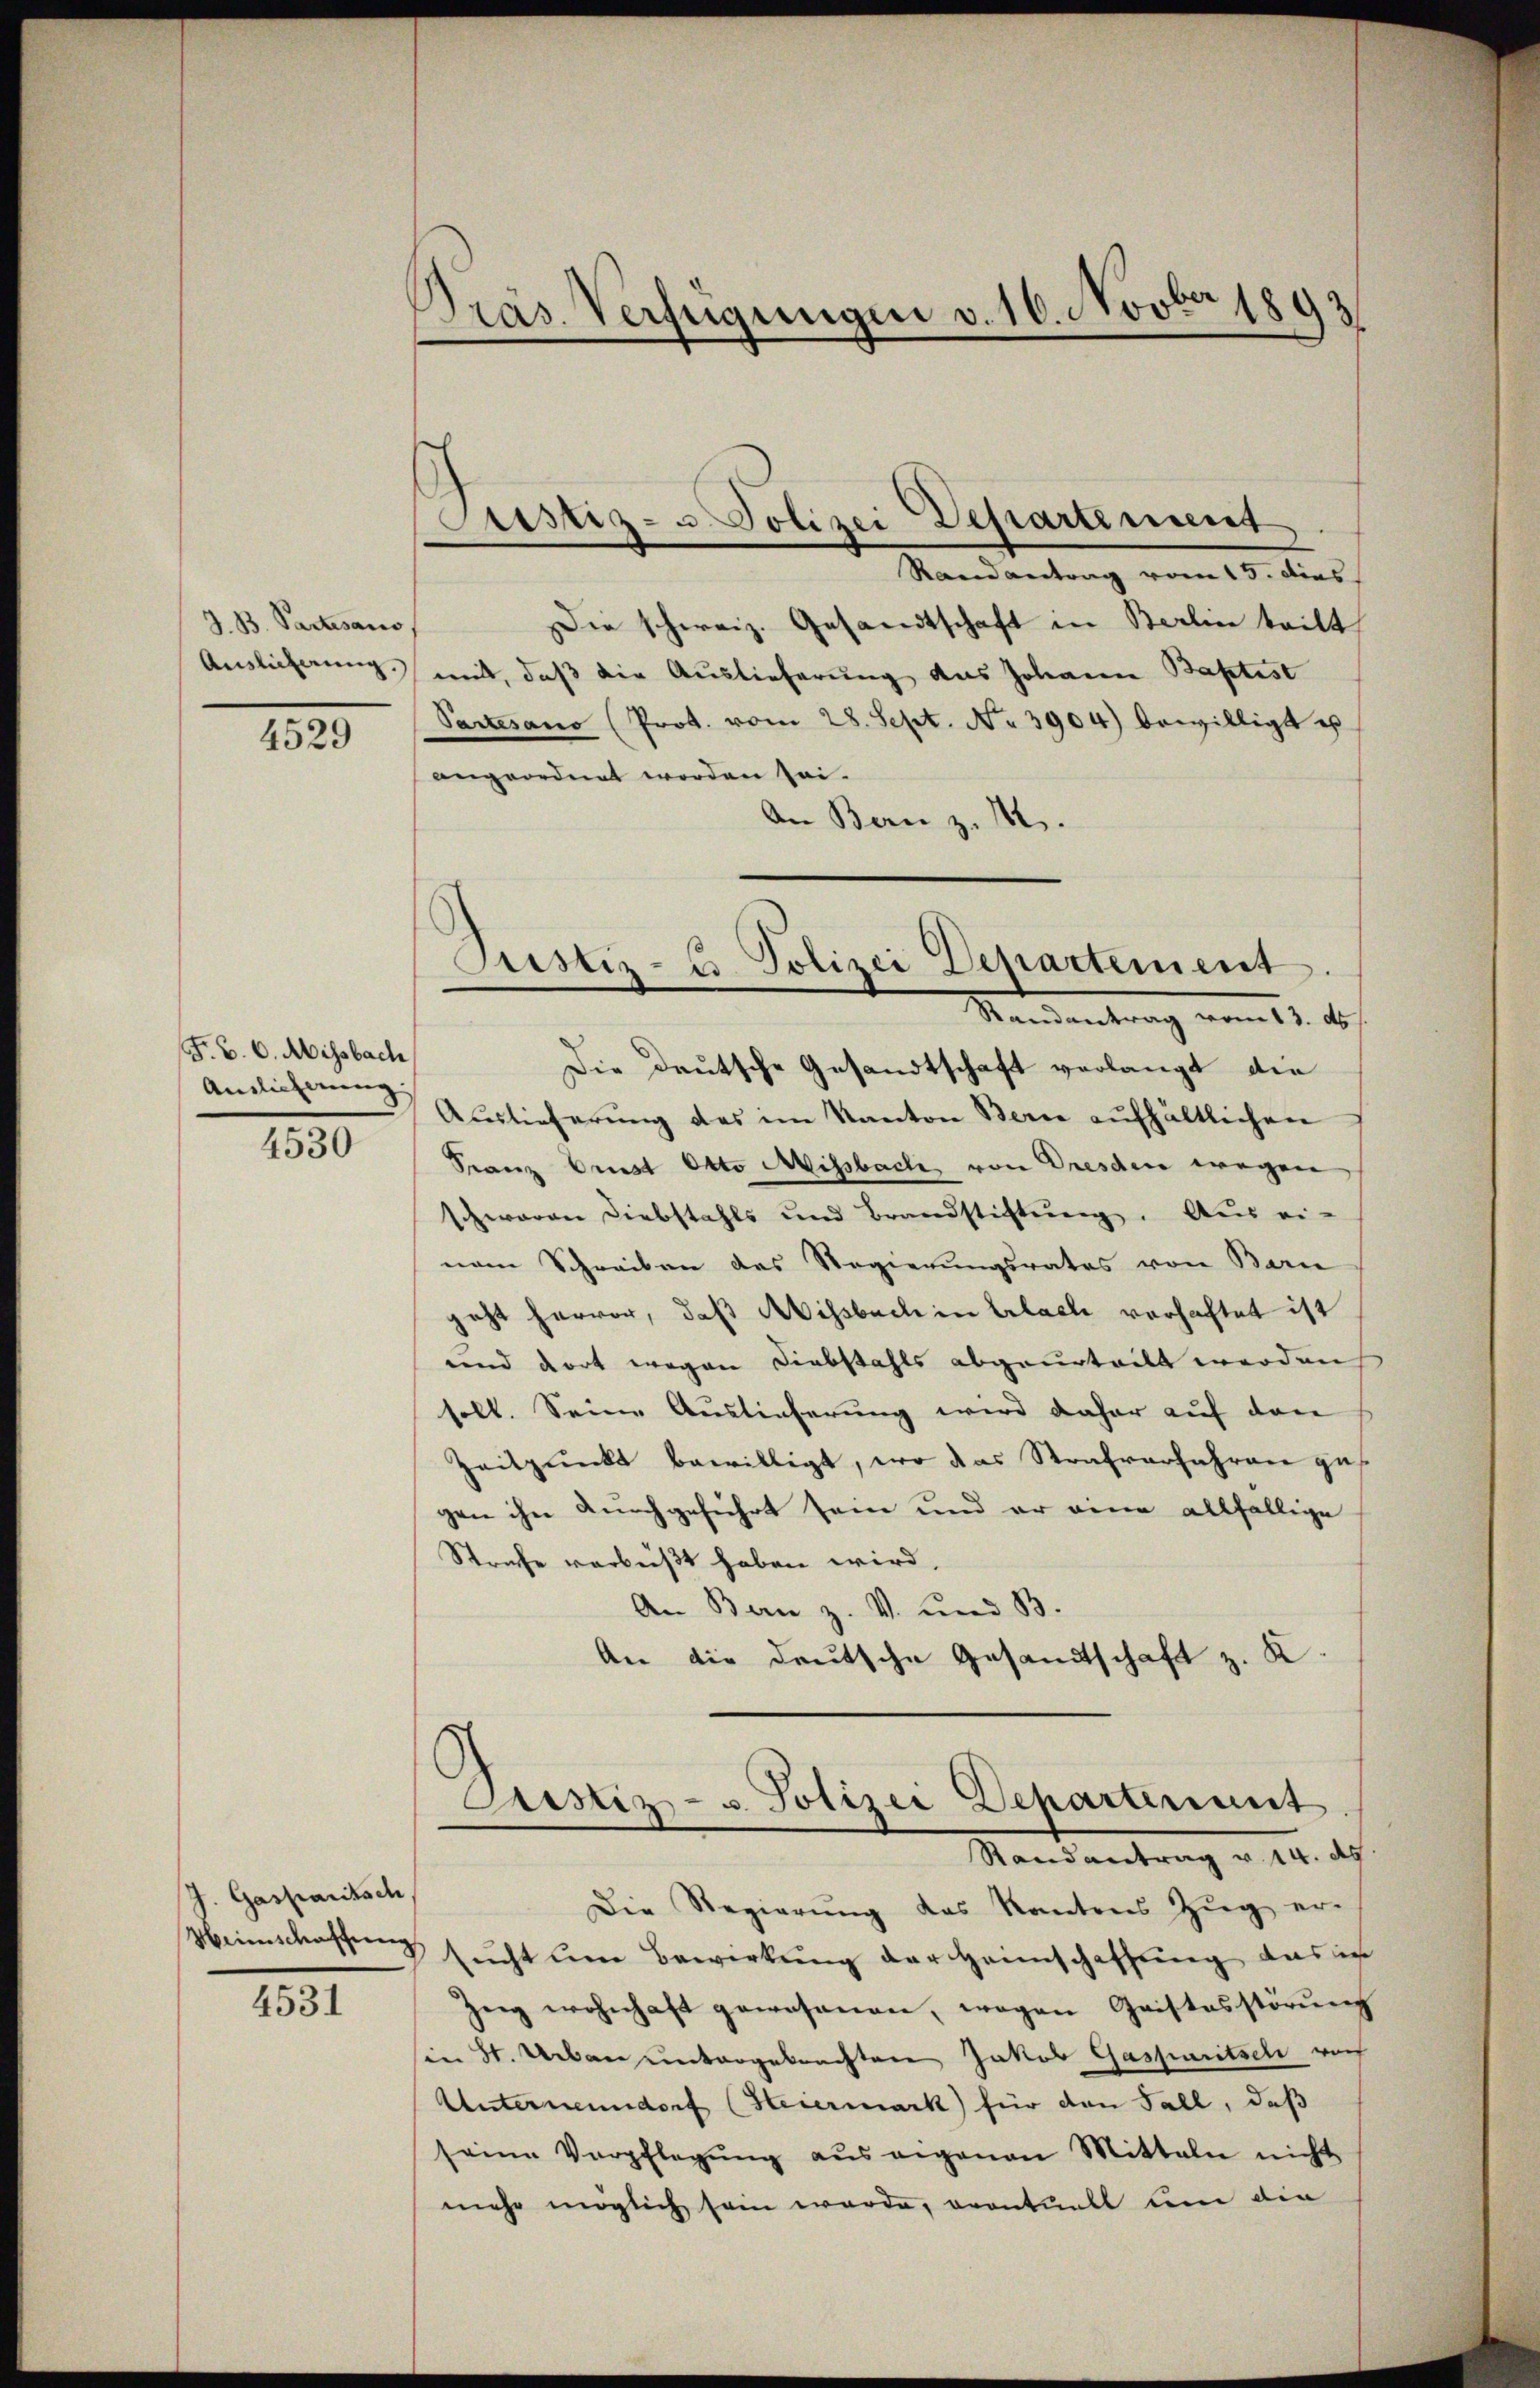
J. B. Partesaus
Auslicherung.)

4529

F. B. C. Missbach
Andlicherung
4530

J. Gasparitsch

4531

Präs. Verfügungen v. 16. Novber 1893

Justiz- u. Polizei Departement

Randantrag vom 15. dies
Die schweiz. Gesandtschaft in Berlin tritt
mit, daß die Auslieferung das Johann Baptist
Pactesano (Prot. vom 28. Sept. No 3904) bewilligt es
angeordnet worden sei.
An Bern z. 14.
Die Deutsche Gesandtschaft verlangt die
Auslieferung das im Kanton Berne aufhältlichen
Franz Prust Otto Missbach von Dresden wegen
schwaren Diebstahls und Brandstiftŭng. Aus ei-
nem Schreiben des Regierungsrates von Bern
geht hervor, daß Missbach in Erlache verhaftet ist
und dort wegen Diebstahls abgeurteilt werden
soll. Seine Auslieferung wird daher auf den
Zeitpunkt bewilligt, wo das Strafverfahren ges
gen ihn durchgeführt sein und er eine allfällige
Strafe verbüßt haben wird.
An Bern z. V. und B
An die deutsche Gesandtschaft z. K.

Justiz- & Polizei Departement
Mandantrag vom 11. ds.

Justiz- u. Polizei Departenut
Randantrag v. 14. d.

Die Regierŭng des Kantons Zŭg er-
Weinschaffung sucht um Bewirkung der Heimschaffung, das ich
Zeig wohnhaft gewesenen, wegen Quistosstörung
sen St. Ueben untergebrachten Jakob Gasparitsch noch
Unternenndorf (Heiermark für den Fall, daß
seine Verpflegŭng aus eigenen Mitteln nicht
mehr möglich sein werde, eventuelt um die